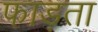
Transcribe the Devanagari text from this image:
फाड़ता